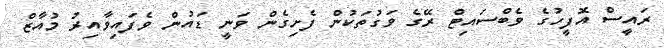
ރައީސް އޮފީހުގެ ވެބްސައިޓް ރޭގެ ވަގުތަކުން ފެށިގެން ވަނީ ޑައުން ވެފައިވާއިރު މުއާޒް